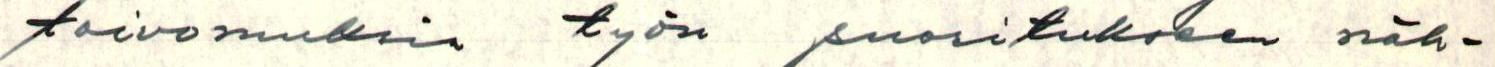
toivomuksia työn suorituksen näh-